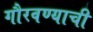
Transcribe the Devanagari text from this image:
गौरवण्याची